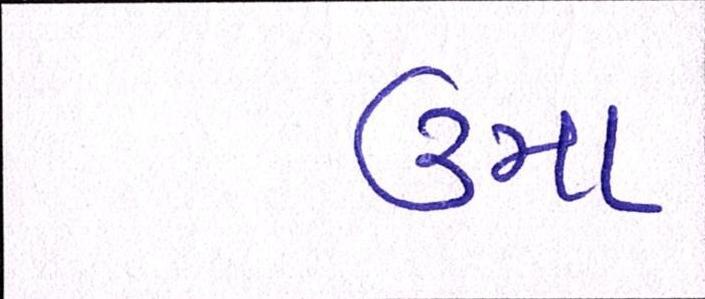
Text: ઉમા